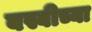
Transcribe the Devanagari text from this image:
बस्बीच्या